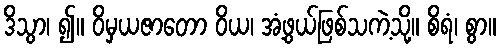
ဒိသွာ၊ ၍။ ဝိမှယဇာတော ဝိယ၊ အံ့ဖွယ်ဖြစ်သကဲ့သို့။ စိရံ၊ စွာ။